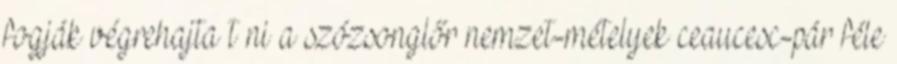
fogják végrehajta t ni a szózsonglőr nemzet-mételyek ceaucesc-pár féle